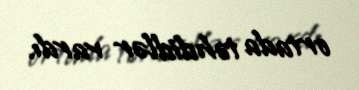
ortada təhdidlər vardı.